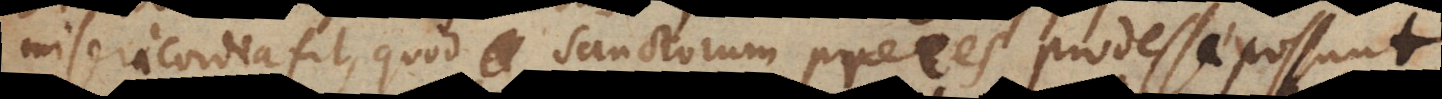
misericordia fit quod Sanctorum preces prodesse possunt.